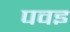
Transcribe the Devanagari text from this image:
पवइ